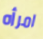
امرأه